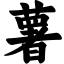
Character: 薯